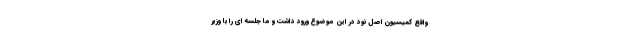
واقع کمیسیون اصل نود در این موضوع ورود داشت و ما جلسه ای را با وزیر